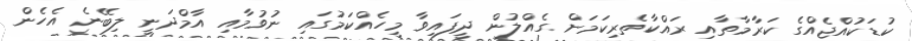
ކުޑަކުއްޖެއްގެ ކަރާމާތާއި ރައްކާތެރިކަމަށް ގެއްލުން ދީފައިވާ މީހެއްކަމުގައި ނުވުމާއި އާމްދަނީ ލިބޭނެ އެހެން